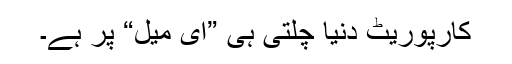
کارپوریٹ دنیا چلتی ہی ”ای میل“ پر ہے۔